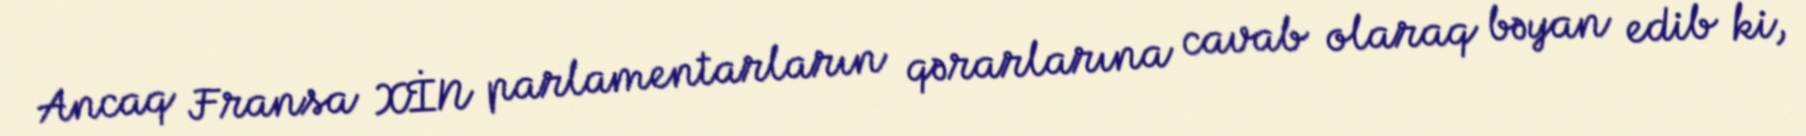
Ancaq Fransa XİN parlamentarların qərarlarına cavab olaraq bəyan edib ki,